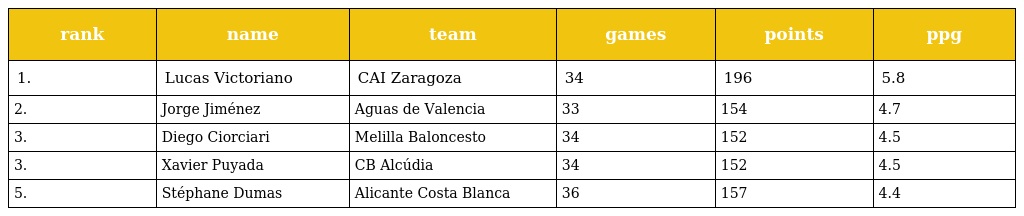
| rank | name | team | games | points | ppg |
 | --- | --- | --- | --- | --- | --- |
 | 1. | Lucas Victoriano | CAI Zaragoza | 34 | 196 | 5.8 |
 | 2. | Jorge Jiménez | Aguas de Valencia | 33 | 154 | 4.7 |
 | 3. | Diego Ciorciari | Melilla Baloncesto | 34 | 152 | 4.5 |
 | 3. | Xavier Puyada | CB Alcúdia | 34 | 152 | 4.5 |
 | 5. | Stéphane Dumas | Alicante Costa Blanca | 36 | 157 | 4.4 |